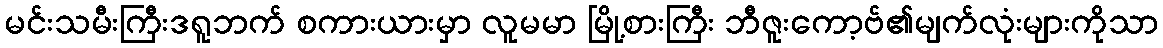
မင်းသမီးကြီးဒရူဘက် စကားယားမှာ လူမမာ မြို့စားကြီး ဘီဇူးကော့ဗ်၏မျက်လုံးများကိုသာ